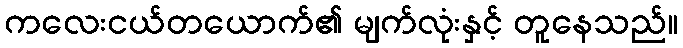
ကလေးငယ်တယောက်၏ မျက်လုံးနှင့် တူနေသည်။